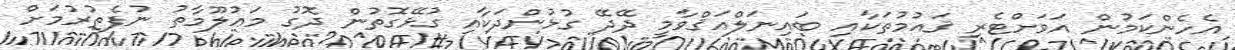
އެހެންކަމުން އަވަށްޓެރި ޤައުމުތަކާއި ބައިނަލްއަޤްވާމީ ދޭދޭ ގުޅުންދަކާއި ގުޅޭގޮތުން ދޮގު މަޢުލޫމާތު ނުފެތުރުމަށް